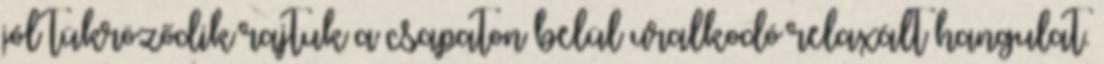
jól tükröződik rajtuk a csapaton belül uralkodó relaxált hangulat.